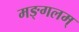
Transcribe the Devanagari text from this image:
मङ्गलम्